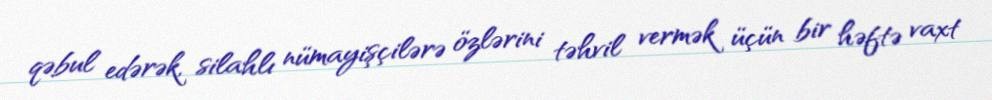
qəbul edərək, silahlı nümayişçilərə özlərini təhvil vermək üçün bir həftə vaxt